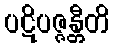
ပဋိပဇ္ဇန္တီတိ